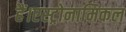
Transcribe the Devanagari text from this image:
हैं।एस्ट्रोनामिकल